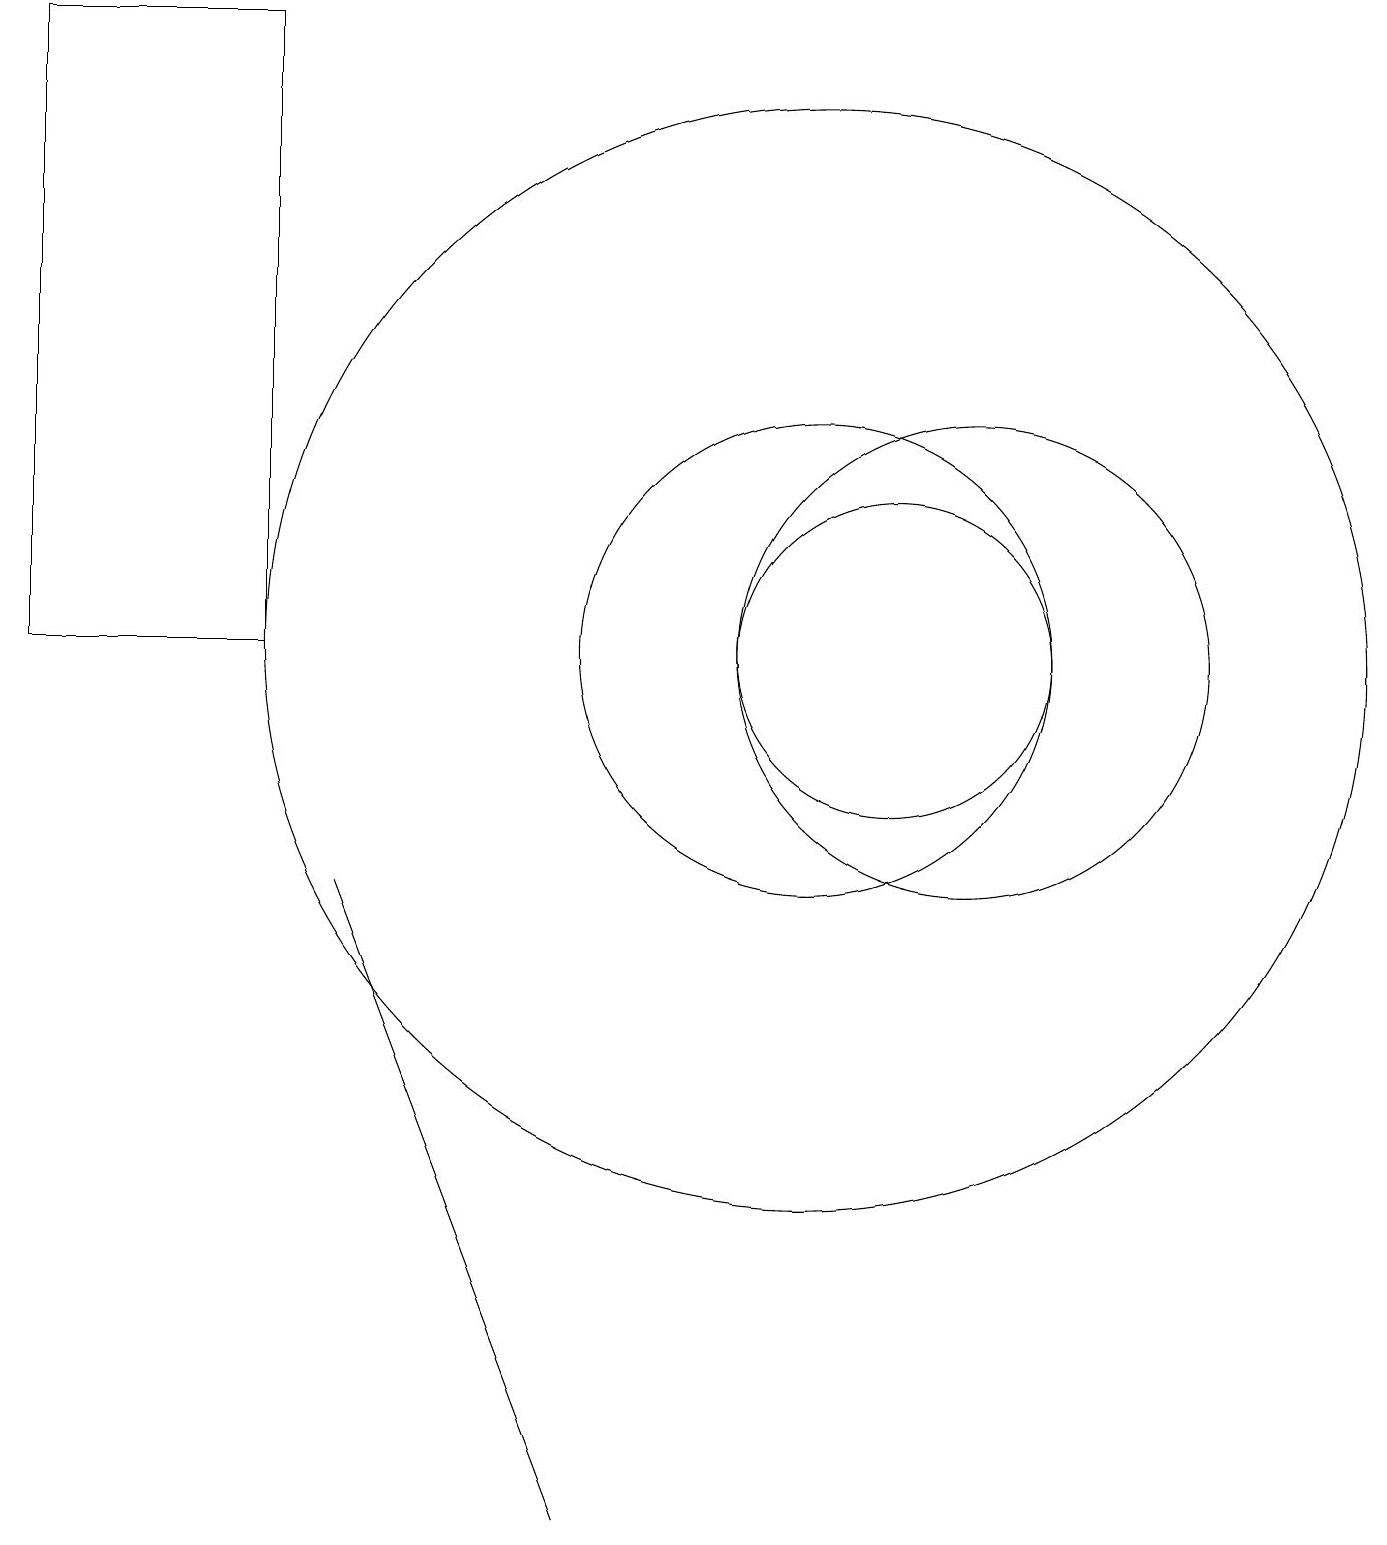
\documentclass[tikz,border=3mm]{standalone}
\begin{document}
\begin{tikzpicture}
\draw (3,11) rectangle (0,19);
\draw (10,11) circle (3);
\draw (12,11) circle (3);
\draw (10,11) circle (7);
\draw (4,8) -- (7,0) -- (4,8) -- cycle;
\draw (11,11) circle (2);
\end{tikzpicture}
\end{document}